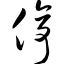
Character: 停